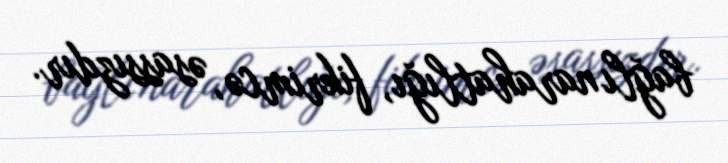
bağlı narahatlığı, fikrimcə, əsassızdır.